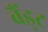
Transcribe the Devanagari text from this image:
बैंड्ट